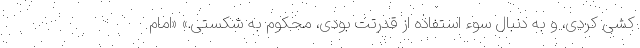
کشی کردی، و به دنبال سوء استفاده از قدرتت بودی، محکوم به شکستی.» «امام